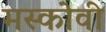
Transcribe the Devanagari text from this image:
मस्कोवी